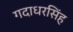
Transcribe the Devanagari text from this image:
गदाधरसिंह